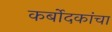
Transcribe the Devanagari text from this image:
कर्बोदकांचा